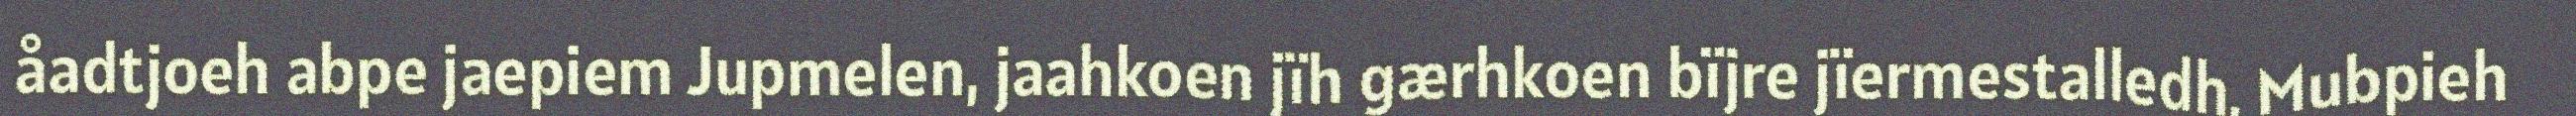
åadtjoeh abpe jaepiem Jupmelen, jaahkoen jïh gærhkoen bïjre jïermestalledh. Mubpieh